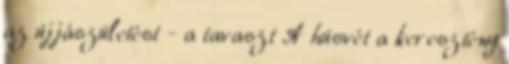
az újjászületést - a tavaszt A húsvét a keresztény